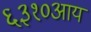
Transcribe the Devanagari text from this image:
६३१०आय